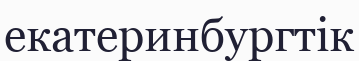
екатеринбургтік